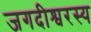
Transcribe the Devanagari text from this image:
जगदीश्वरस्य